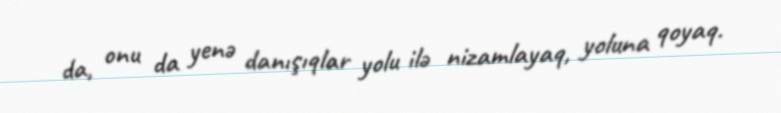
da, onu da yenə danışıqlar yolu ilə nizamlayaq, yoluna qoyaq.